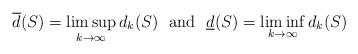
LaTeX: \begin{align*}\overline{d}(S)=\limsup_{k\rightarrow\infty}d_k(S)\,\,\mbox{ and }\,\,\underline{d}(S)=\liminf_{k\rightarrow\infty}d_k(S)\end{align*}